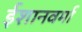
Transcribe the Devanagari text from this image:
ईशानवर्मा